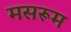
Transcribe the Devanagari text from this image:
मसरूम